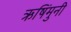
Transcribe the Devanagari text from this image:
ऋषिंमुनी